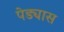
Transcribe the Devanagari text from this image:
पेड्यास